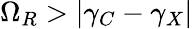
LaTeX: \Omega_{R}>|\gamma_{C}-\gamma_{X}|